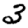
Digit: 3